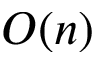
O ( n )